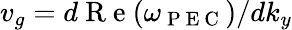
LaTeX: v_{g}=d\mathrm{~R~e~}(\omega_{\mathrm{~P~E~C~}})/dk_{y}